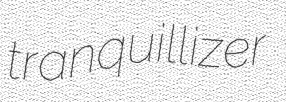
tranquillizer